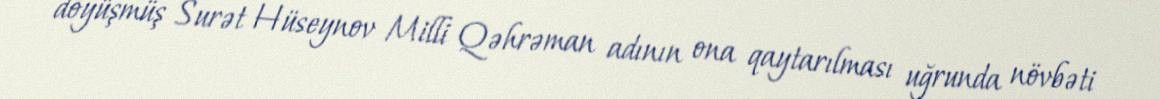
döyüşmüş Surət Hüseynov Milli Qəhrəman adının ona qaytarılması uğrunda növbəti